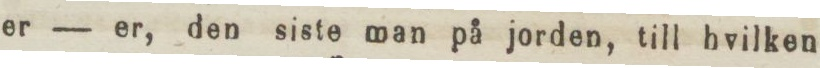
er — er, den siste man på jorden, till hvilken